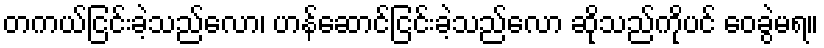
တကယ်ငြင်းခဲ့သည်လော၊ ဟန်ဆောင်ငြင်းခဲ့သည်လော ဆိုသည်ကိုပင် ဝေခွဲမရ။